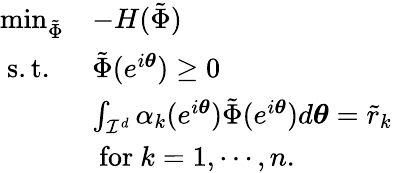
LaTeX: \begin{array}{ll}{\operatorname*{min}_{\tilde{\Phi}}}&{-H(\tilde{\Phi})}\\ {\mathrm{~s.t.~}}&{\tilde{\Phi}(e^{i\boldsymbol{\theta}})\geq 0}\\ &{\int_{\mathcal{I}^{d}}\alpha_{k}(e^{i\boldsymbol{\theta}})\tilde{\Phi}(e^{i\boldsymbol{\theta}})d\boldsymbol{\theta}=\tilde{r}_{k}}\\ &{\mathrm{~for~}k=1,\cdots,n.}\end{array}